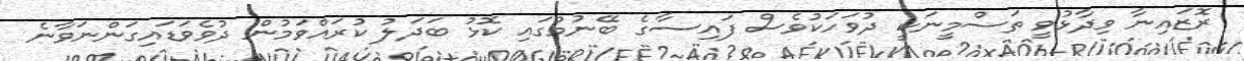
ރޮޒައިނާ ވިދާޅުވީ ތަސްމީނަކީ ދުވަހަކުވެސް ފައިސާގެ ބޭނުމުގައި ކޮޅު ބަދަލު ކުރައްވަމުން ދުވެވަޑައިގަންނަވާނެ